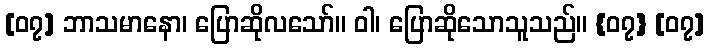
[၀၇] ဘာသမာနော၊ ပြောဆိုလသော်။ ဝါ၊ ပြောဆိုသောသူသည်။ {၀၇} [၀၇]